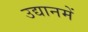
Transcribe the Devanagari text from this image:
उद्यानमें